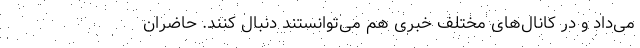
می‌داد و در کانال‌های مختلف خبری هم می‌توانستند دنبال کنند. حاضران